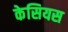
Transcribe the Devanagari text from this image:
केसियस